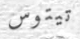
تيتوس